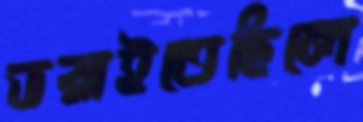
ভরাইতেছিলে